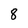
Character: 8